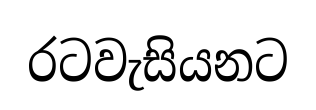
රටවැසියනට